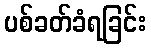
ပစ်ခတ်ခံရခြင်း